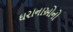
ઘરાનાઓનો